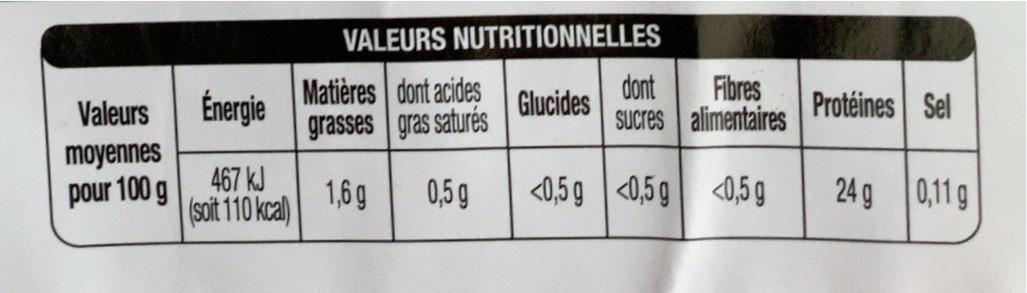
VALEURS NUTRITIONNELLES
Matières dont acides Énergie grasses gras saturés
Glucides
dont
Fibres
Protéines Sel
Valeurs
Sucres alimentaires
moyennes pour 100 g
467 kJ (soit 110 kcal)
1,6 g
0,5g
<0,59 <0,59 <0,5 g
24 g 0,11g